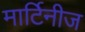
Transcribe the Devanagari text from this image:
मार्टिनीज